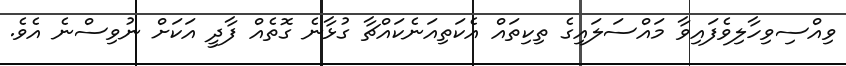
ވިއްސިވިހާލިވެފައިވާ މައްސަލައިގެ ތިކިތައް އެކަތިއަނެކައްޗާ ގުޅާނެ ގޮތެއް ފާދީ އަކަށް ނުވިސްނެ އެވެ.